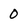
Character: 0